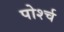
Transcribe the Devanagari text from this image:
पोर्श्च